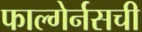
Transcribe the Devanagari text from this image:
फाल्गेर्नसची